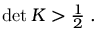
\begin{array} { r } { \operatorname* { d e t } K > \frac { 1 } { 2 } \; . } \end{array}